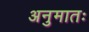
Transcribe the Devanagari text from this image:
अनुमातः